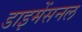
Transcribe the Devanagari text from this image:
डाइमेंसनल